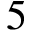
5